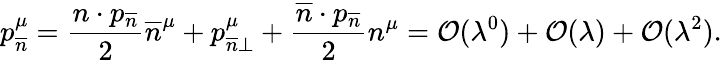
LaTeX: p_{\overline{{{n}}}}^{\mu}=\frac{n\cdot p_{\overline{{{n}}}}}{2}\overline{{{n}}}^{\mu}+p_{\overline{{{n}}}\perp}^{\mu}+\frac{\overline{{{n}}}\cdot p_{\overline{{{n}}}}}{2}n^{\mu}=\mathcal{O}(\lambda^{0})+\mathcal{O}(\lambda)+\mathcal{O}(\lambda^{2}).